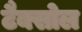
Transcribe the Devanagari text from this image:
टैक्सोल